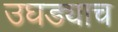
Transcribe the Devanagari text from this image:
उघड्याच